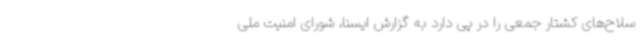
سلاح‌های کشتار جمعی را در پی دارد به گزارش ایسنا، شورای امنیت ملی